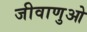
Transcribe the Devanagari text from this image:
जीवाणुओ